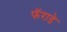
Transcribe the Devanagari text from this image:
फॅराडे